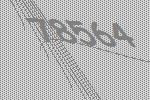
78564